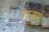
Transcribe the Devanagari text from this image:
शास्त्रम्